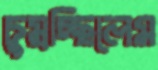
চুম্‌রচ্ছিলেম